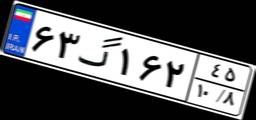
۶۳گ۱۶۲۴۵